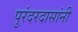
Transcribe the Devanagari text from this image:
पुरंदरदासांनी